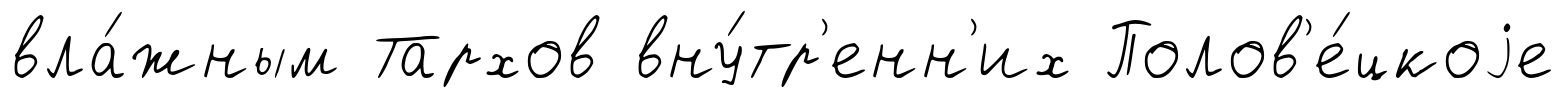
вла́жным Тархов вну́тр'енн'их Полов'е́цкоjе